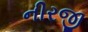
નીરજી